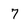
Character: 7